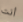
أنت